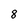
Character: 8